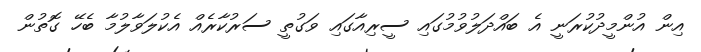
އިން އުންމީދުކުރަނީ އެ ބައްދަލުވުމުގައި ސީރިއާގައި ވަގުތީ ސަރުކާރެއް އެކުލަވާލުމާ ބެހޭ ގޮތުން